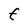
Character: F